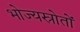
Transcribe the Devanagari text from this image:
भोज्यस्रोतों